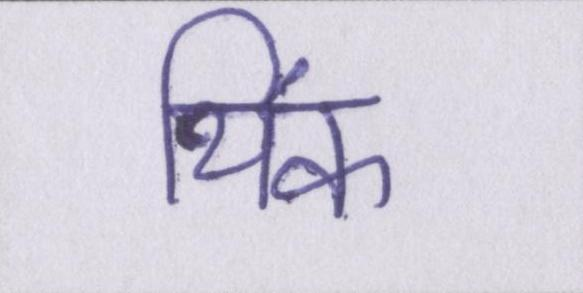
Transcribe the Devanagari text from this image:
थिंक